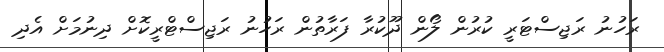
ރަހުނު ރަޖިސްޓަރީ ކުރުން ލޯން ދޫކުރާ ފަރާތުން ރަހުނު ރަޖިސްޓްރީކޮށް ދިނުމަށް އެދި